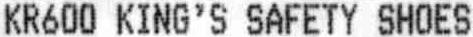
KR600 KING'S SAFETY SHOES